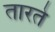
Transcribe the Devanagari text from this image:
तारते